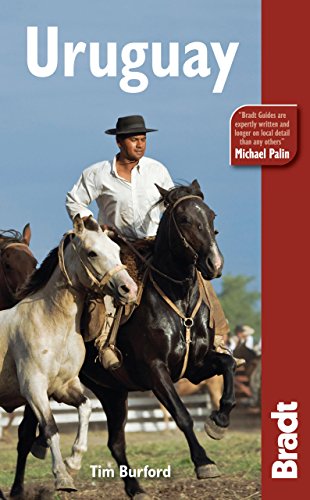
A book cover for Uruguay (Bradt Travel Guide Uruguay); Tim Burford; Travel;